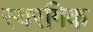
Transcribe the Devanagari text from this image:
स्वरगिक